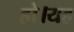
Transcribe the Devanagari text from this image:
हो।यह